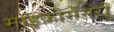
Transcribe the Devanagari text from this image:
माइक्रोसेंसरों